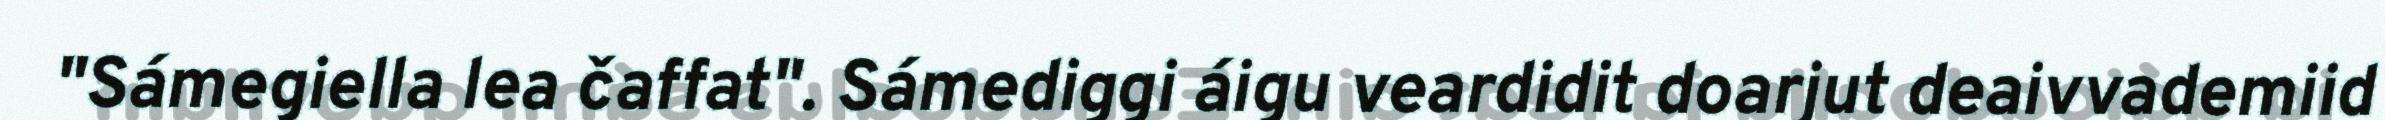
"Sámegiella lea čaffat". Sámediggi áigu veardidit doarjut deaivvademiid